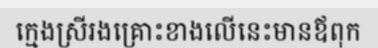
ក្មេងស្រីរងគ្រោះខាងលើនេះមានឪពុក